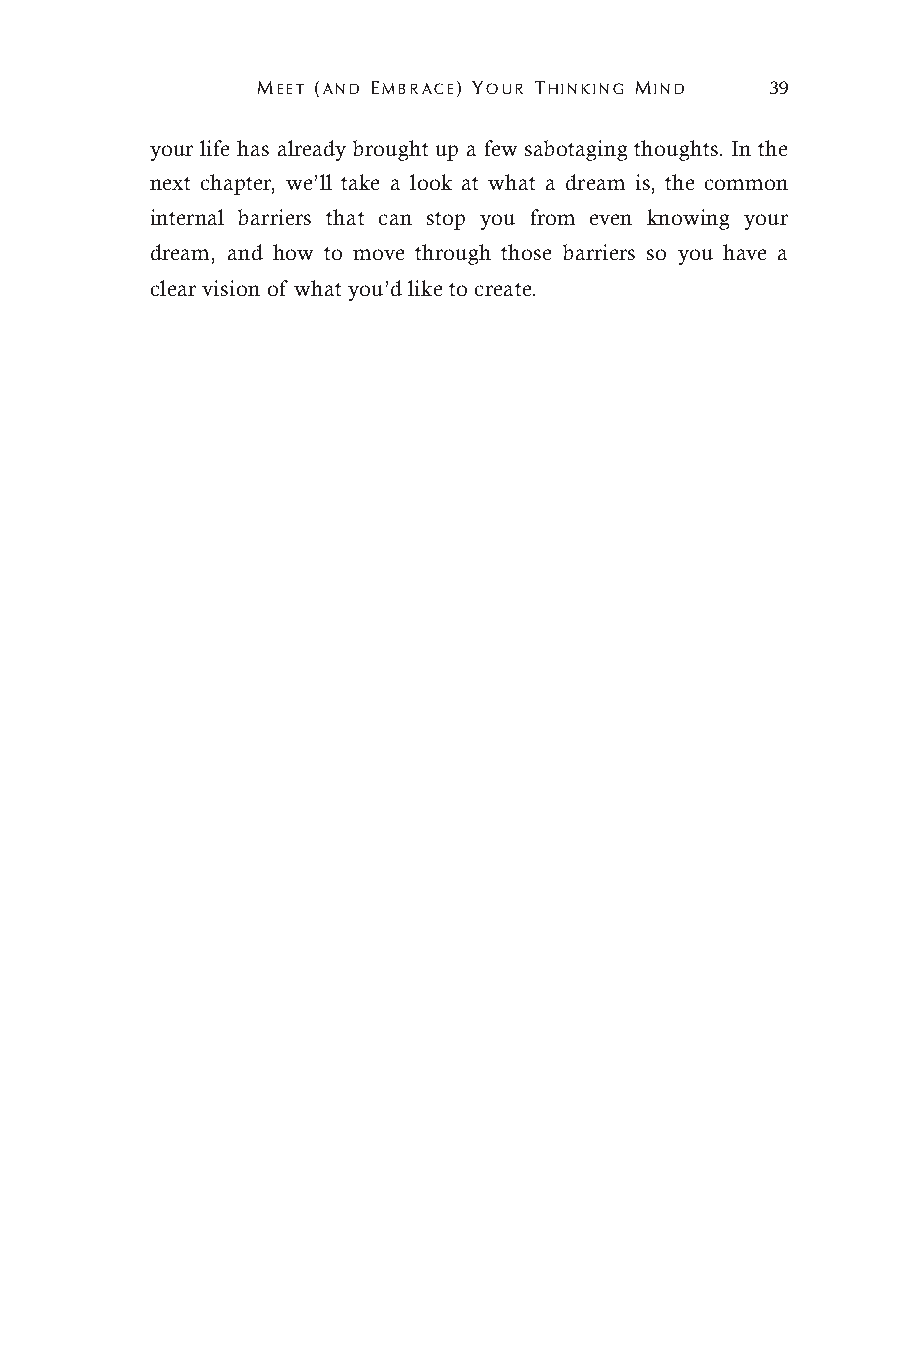
MEET (AND EMBRACE) YOUR THINKING MIND 39
 your life has already brought up a few sabotaging thoughts. In the
 next chapter, we’ll take a look at what a dream is, the common
 internal barriers that can stop you from even knowing your
 dream, and how to move through those barriers so you have a
 clear vision of what you’d like to create.